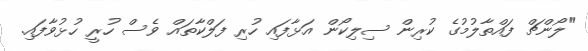
"ލޯންޗް ފައްތާލުމުގެ ކުރިން ސިލިކޯން އަޅާފައި ހުރި ފަލްކާތައް ވެސް ހުރީ ހުޅުވާފައި.